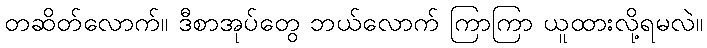
တဆိတ်လောက်။ ဒီစာအုပ်တွေ ဘယ်လောက် ကြာကြာ ယူထားလို့ရမလဲ။